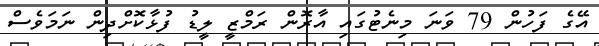
އޭގެ ފަހުން 79 ވަނަ މިނެޓުގައި އާރޮން ރަމްޒީ ލީޑު ފުޅާކޮށްދިން ނަމަވެސް